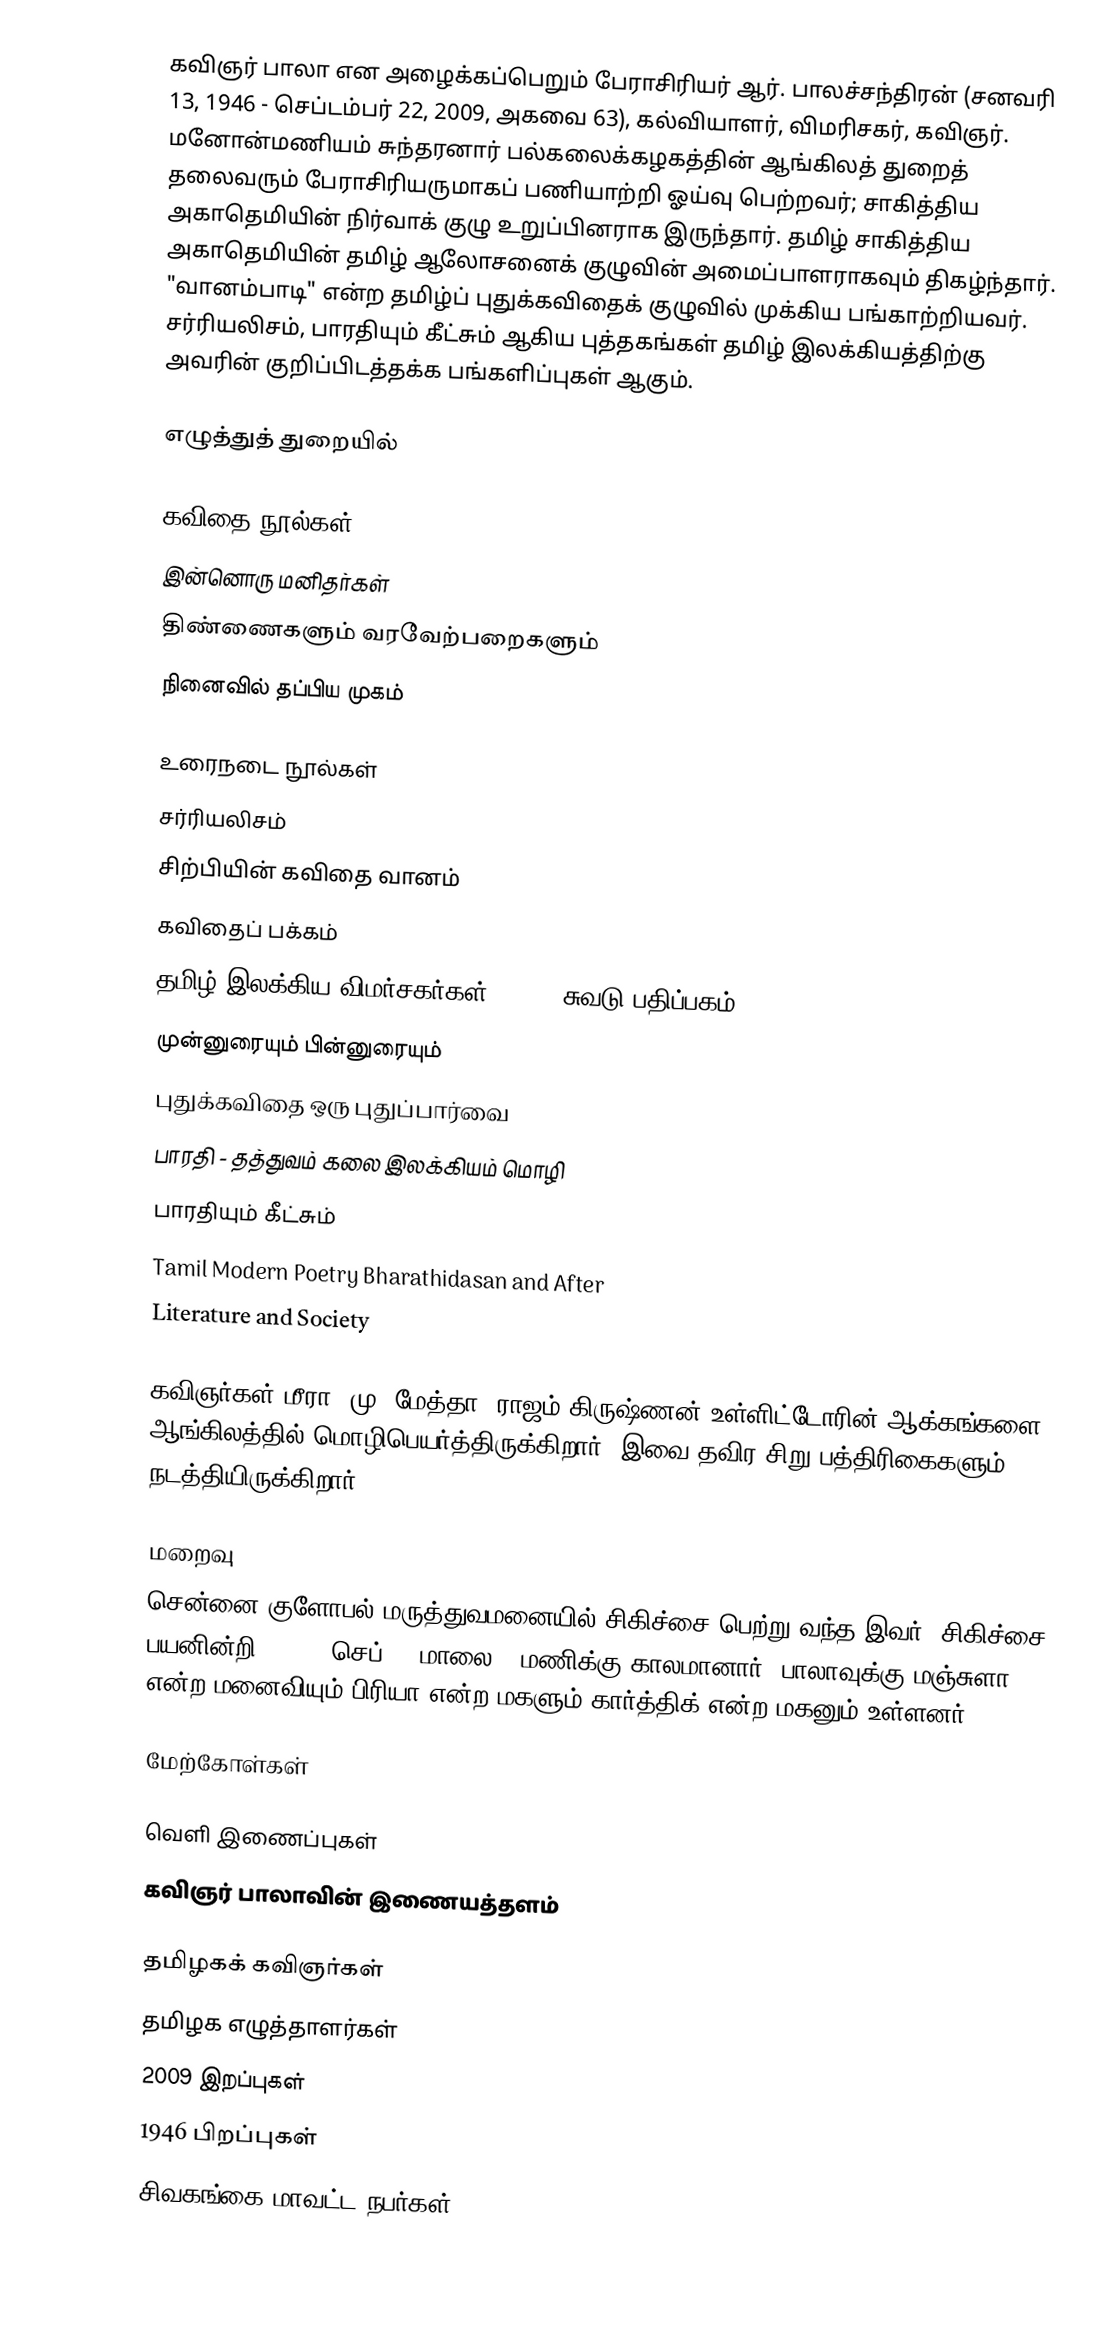
கவிஞர் பாலா என அழைக்கப்பெறும் பேராசிரியர் ஆர். பாலச்சந்திரன் (சனவரி 13, 1946 - செப்டம்பர் 22, 2009, அகவை 63), கல்வியாளர், விமரிசகர், கவிஞர். மனோன்மணியம் சுந்தரனார் பல்கலைக்கழகத்தின் ஆங்கிலத் துறைத் தலைவரும் பேராசிரியருமாகப் பணியாற்றி ஓய்வு பெற்றவர்; சாகித்திய அகாதெமியின் நிர்வாக் குழு உறுப்பினராக இருந்தார். தமிழ் சாகித்திய அகாதெமியின் தமிழ் ஆலோசனைக் குழுவின் அமைப்பாளராகவும் திகழ்ந்தார். "வானம்பாடி" என்ற தமிழ்ப் புதுக்கவிதைக் குழுவில் முக்கிய பங்காற்றியவர். சர்ரியலிசம், பாரதியும் கீட்சும் ஆகிய புத்தகங்கள் தமிழ் இலக்கியத்திற்கு அவரின் குறிப்பிடத்தக்க பங்களிப்புகள் ஆகும்.

எழுத்துத் துறையில்

கவிதை நூல்கள்
 இன்னொரு மனிதர்கள்
 திண்ணைகளும் வரவேற்பறைகளும்
 நினைவில் தப்பிய முகம்

உரைநடை நூல்கள்
 சர்ரியலிசம்
 சிற்பியின் கவிதை வானம்
 கவிதைப் பக்கம்
 தமிழ் இலக்கிய விமர்சகர்கள்; 1979; சுவடு பதிப்பகம்
 முன்னுரையும் பின்னுரையும்
 புதுக்கவிதை ஒரு புதுப்பார்வை
 பாரதி - தத்துவம் கலை இலக்கியம் மொழி
 பாரதியும் கீட்சும்
 Tamil Modern Poetry Bharathidasan and After
 Literature and Society

கவிஞர்கள் மீரா, மு. மேத்தா, ராஜம் கிருஷ்ணன் உள்ளிட்டோரின் ஆக்கங்களை ஆங்கிலத்தில் மொழிபெயர்த்திருக்கிறார். இவை தவிர சிறு பத்திரிகைகளும் நடத்தியிருக்கிறார்.

மறைவு
சென்னை குளோபல் மருத்துவமனையில் சிகிச்சை பெற்று வந்த இவர், சிகிச்சை பயனின்றி, 2009, செப்.22 மாலை 4 மணிக்கு காலமானார். பாலாவுக்கு மஞ்சுளா என்ற மனைவியும் பிரியா என்ற மகளும் கார்த்திக் என்ற மகனும் உள்ளனர்.

மேற்கோள்கள்

வெளி இணைப்புகள்
கவிஞர் பாலாவின் இணையத்தளம்

தமிழகக் கவிஞர்கள்
தமிழக எழுத்தாளர்கள்
2009 இறப்புகள்
1946 பிறப்புகள்
சிவகங்கை மாவட்ட நபர்கள்